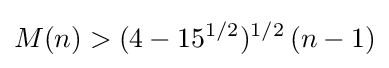
M(n)>(4-15^{1/2})^{1/2}\,(n-1)